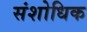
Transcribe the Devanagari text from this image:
संशोधिक